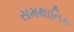
સમથાનિક